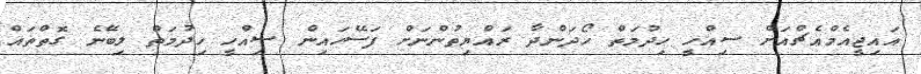
އައިޖީއެމްއެޗްއަށް ސިއްހީ ހިދުމަތް ހޯދަންދާ ރައްޔިތުންނަށް ފަސޭހައިން ސިއްހީ ހިދުމަތް ލިބޭނެ ގޮތްތައް